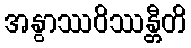
အနွာဿဝိဿန္တီတိ